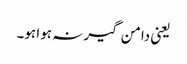
یعنی دامن گیر نہ ہوا ہو۔